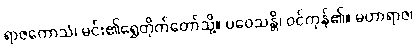
ရာဇကောသံ၊ မင်း၏ရွှေတိုက်တော်သို့။ ပဝေသန္တိ၊ ဝင်ကုန်၏။ မဟာရာဇ၊